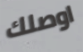
اوصلك